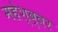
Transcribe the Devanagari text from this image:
महेश्व्वर